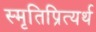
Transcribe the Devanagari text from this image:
स्मृतिप्रित्यर्थ